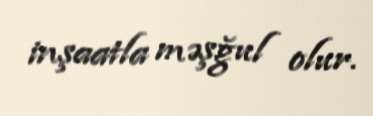
inşaatla məşğul olur.